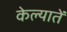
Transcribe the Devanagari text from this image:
केल्यातें